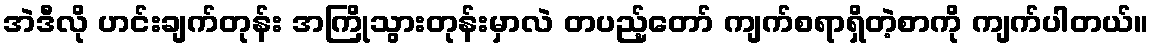
အဲဒီလို ဟင်းချက်တုန်း အကြိုသွားတုန်းမှာလဲ တပည့်တော် ကျက်စရာရှိတဲ့စာကို ကျက်ပါတယ်။